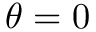
\theta = 0